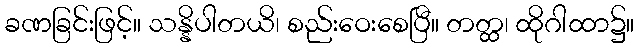
ခဏခြင်းဖြင့်။ သန္နိပါတယိ၊ စည်းဝေးစေပြီ။ တတ္ထ၊ ထိုဂါထာ၌။